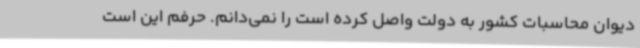
دیوان محاسبات کشور به دولت واصل کرده است را نمی‌دانم. حرفم این است